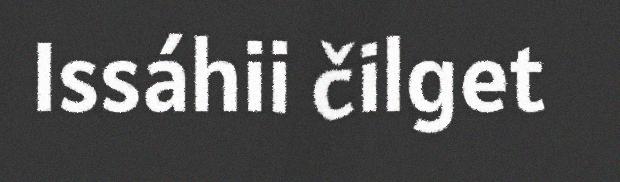
Issáhii čilget